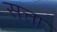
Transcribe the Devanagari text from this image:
सत्ता